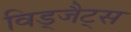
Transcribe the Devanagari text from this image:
विड्जैट्स